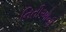
નિતીઓની